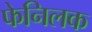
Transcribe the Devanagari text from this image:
फेनिलक